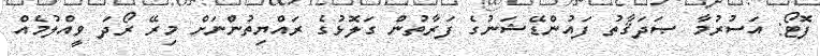
ފޮޓޯ: އަސުރުމާ ޞަދަޤާތު ފައުންޑޭޝަނުގެ ފަރާތުން ގަލޮޅުގެ ރައްޔިތުންނަށް މިރޭ ރޯދަ ވީއްލުމެއް